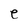
Character: e